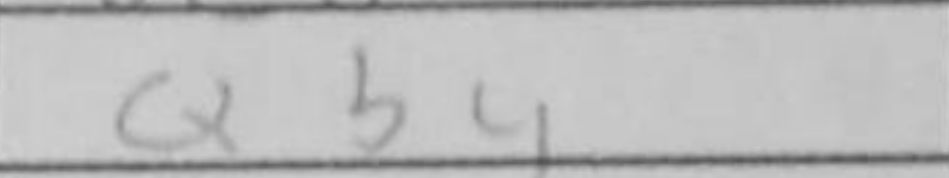
Transcription: Qb4